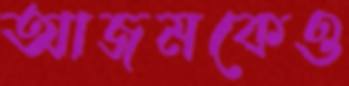
আজমকেও